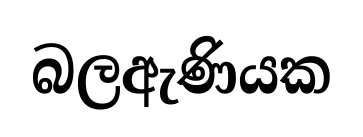
බලඇණියක